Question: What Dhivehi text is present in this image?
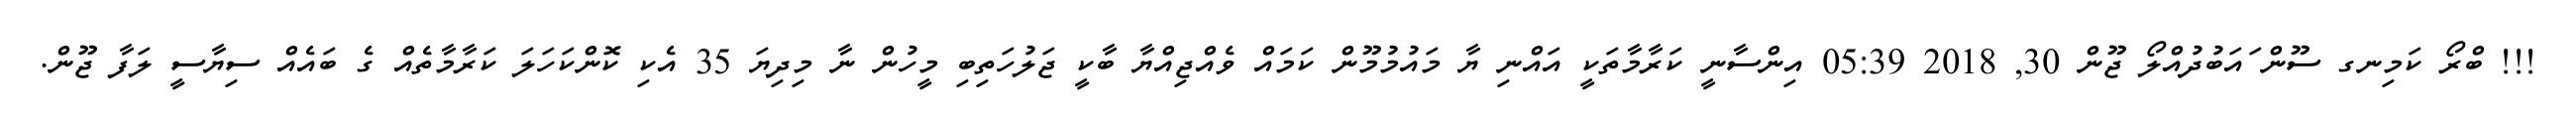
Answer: !!! ބްރޯ ކަމިނގ ސޫން ައަބުދުއްލޯ ޖޫން 30, 2018 05:39 އިންސާނީ ކަރާމާތަކީ އައްނި ޔާ މައުމުމޫން ކަމައް ވެއްޖިއްޔާ ބާކީ ޖަލުހަތިބި މީހުން ނާ މިދިޔަ 35 އެކި ކޮންކަހަލަ ކަރާމާތެއް ގެ ބައެއް ސިޔާސީ ލަފާ ޖޫން.